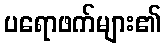
ပရောဖက်များ၏